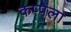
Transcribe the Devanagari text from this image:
कप्पेला